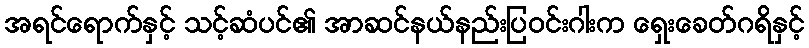
အရင်ရောက်နှင့် သင့်ဆံပင်၏ အာဆင်နယ်နည်းပြဝင်းဂါးက ရှေးခေတ်ဂရိနှင့်